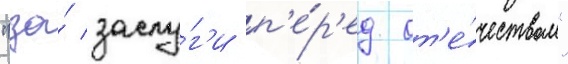
"за́ заслу́г'и п'е́р'ед от'е́чеством"